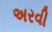
અરવી